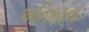
અનિકટના